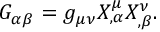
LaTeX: G _ { \alpha \beta } = g _ { \mu \nu } X _ { , \alpha } ^ { \mu } X _ { , \beta } ^ { \nu } .